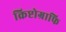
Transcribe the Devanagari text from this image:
क्रिप्टोग्राफि